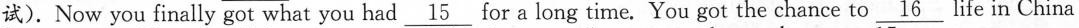
试).Now you finally got what you had \underline{15} for a long time. You got the chance to \underline{16} life in China